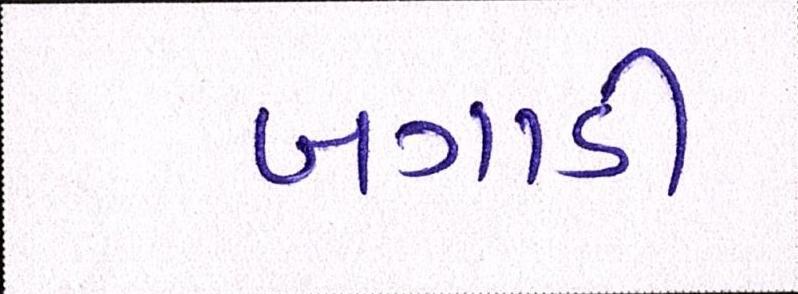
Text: બગાડી